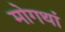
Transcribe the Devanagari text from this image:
मोगथां